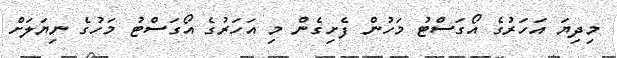
މިދިޔަ އަހަރުގެ އޯގަސްޓު މަހުން ފެށިގެން މި އަހަރުގެ އޯގަސްޓު މަހުގެ ނިޔަލަށް